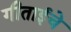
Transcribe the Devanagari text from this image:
गीताईचे